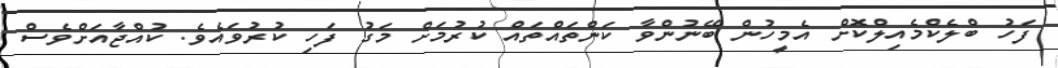
ފަހު ބްލެކްމެއިލްކޮށް އެމީހުން ބޭނުންވާ ކަންތައްތައް ކުރުމަށް މަގު ފަހި ކުރުވައެވެ. ކުއްޖާއަށްވެސް